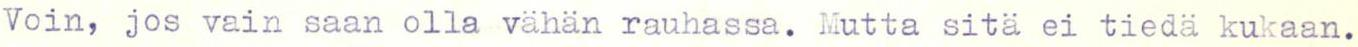
Voin, jos vain saan olla vähän rauhassa. Mutta sitä ei tiedä kukaan.